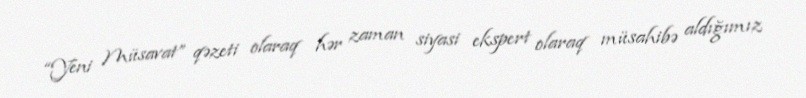
“Yeni Müsavat” qəzeti olaraq hər zaman siyasi ekspert olaraq müsahibə aldığımız